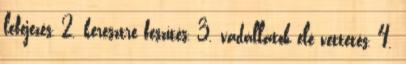
lefejezés, 2. keresztre feszítés, 3. vadállatok elé vettetés, 4.